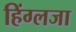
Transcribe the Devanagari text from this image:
हिंग्लजा